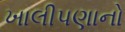
ખાલીપણાનો